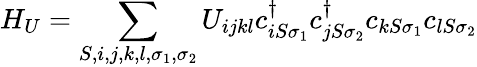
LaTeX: H_{U}=\sum_{S,i,j,k,l,\sigma_{1},\sigma_{2}}U_{ijkl}c_{iS\sigma_{1}}^{\dagger}c_{jS\sigma_{2}}^{\dagger}c_{kS\sigma_{1}}c_{lS\sigma_{2}}